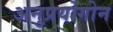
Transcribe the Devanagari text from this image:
अनुप्रयोगोन